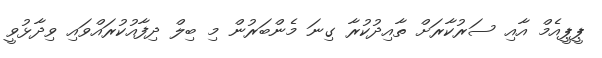
ޕީޕީއެމް އާއި ސަރުކާރަށް ތާއިދުކުރާ ގިނަ މެންބަރުން މި ބިލް ދިފާއުކުރައްވައި ވިދާޅުވީ